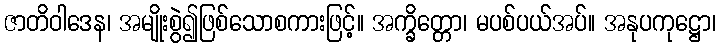
ဇာတိဝါဒေန၊ အမျိုးစွဲ၍ဖြစ်သောစကားဖြင့်။ အက္ခိတ္တော၊ မပစ်ပယ်အပ်။ အနုပကုဋ္ဌော၊